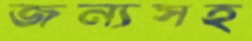
জন্যসহ